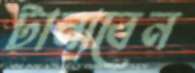
টানাবেন